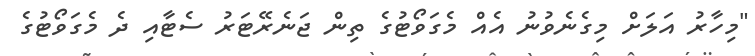
"މިހާރު އަލަށް މިގެނެވުނު އެއް މެގަވޯޓުގެ ތިން ޖަނެރޭޓަރު ސެޓާއި ދެ މެގަވޯޓުގެ